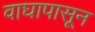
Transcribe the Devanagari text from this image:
वाघापासून